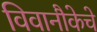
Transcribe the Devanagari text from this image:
विवानौकेचे